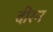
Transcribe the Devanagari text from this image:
दीरन